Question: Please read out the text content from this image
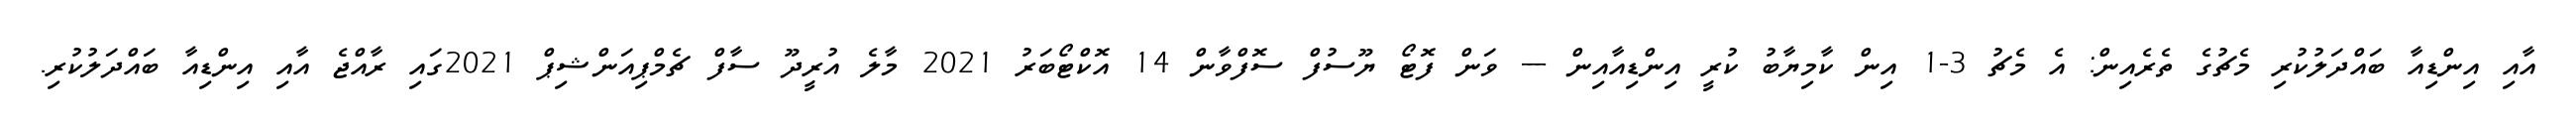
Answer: އާއި އިންޑިއާ ބައްދަލުކުރި މެޗުގެ ތެރެއިން: އެ މެޗު 3-1 އިން ކާމިޔާބު ކުރީ އިންޑިއާއިން --- ވަން ފޮޓޯ ޔޫސުފް ސޮފްވާން 14 އޮކްޓޯބަރު 2021 މާލެ އުރީދޫ ސާފް ޗެމްޕިއަންޝިޕް 2021ގައި ރާއްޖެ އާއި އިންޑިއާ ބައްދަލުކުރި.